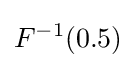
F^{-1}(0.5)